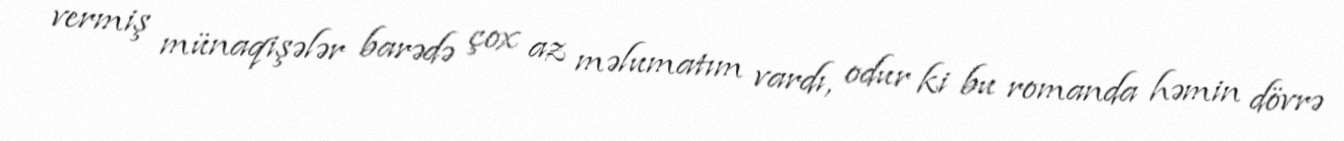
vermiş münaqişələr barədə çox az məlumatım vardı, odur ki bu romanda həmin dövrə